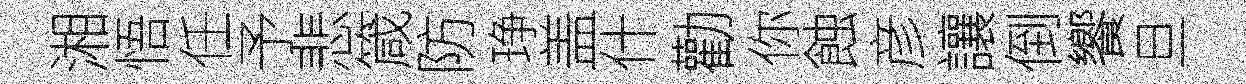
湘悟任予悲箴防琤盖什勸你蝕彦讓倒饗旦